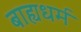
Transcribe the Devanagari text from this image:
बाह्यधर्म